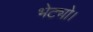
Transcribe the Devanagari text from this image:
भेट्यो।